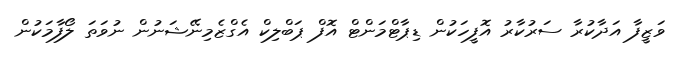
ވަޒީފާ އަދާކުރާ ސަރުކާރު އޮފީހަކުން ޑިޕާޓްމަންޓް އޮފް ޕަބްލިކް އެގްޒެމިނޭޝަނުން ނުވަތަ ލޯފާމަކުން